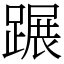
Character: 蹍